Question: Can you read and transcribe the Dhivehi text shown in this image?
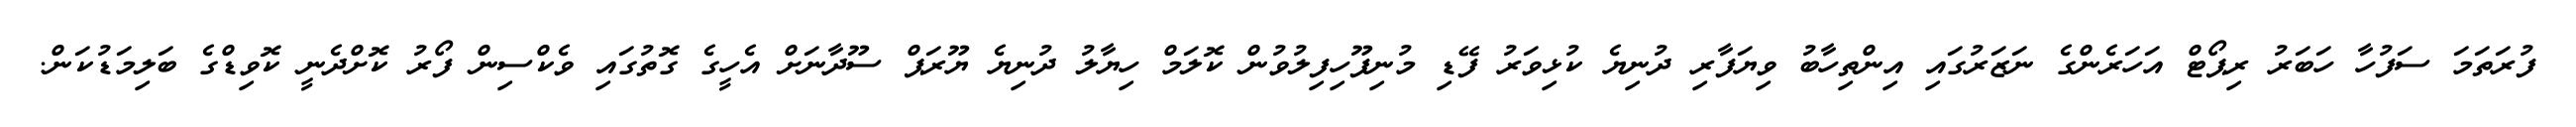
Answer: ފުރަތަމަ ސަފުހާ ހަބަރު ރިޕޯޓް އަހަރެންގެ ނަޒަރުގައި އިންތިހާބު ވިޔަފާރި ދުނިޔެ ކުޅިވަރު ފޭޑި މުނިފޫހިފިލުވުން ކޮލަމް ހިޔާލު ދުނިޔެ ޔޫރަޕް ސޫދާނަށް އެހީގެ ގޮތުގައި ވެކްސިން ފޯރު ކޮށްދެނީ ކޮވިޑްގެ ބަލިމަޑުކަން.